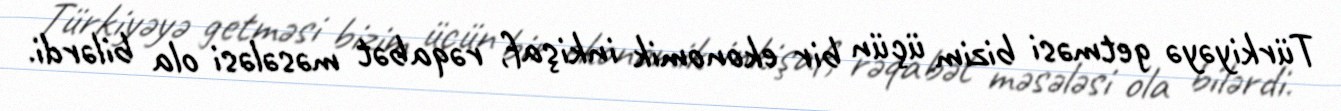
Türkiyəyə getməsi bizim üçün bir ekonomik inkişaf, rəqabət məsələsi ola bilərdi.